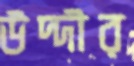
উদ্দীর